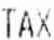
TAX